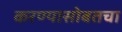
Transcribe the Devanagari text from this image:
करण्यासोबतचा